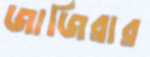
জাজিরার